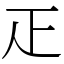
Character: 𤴓